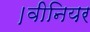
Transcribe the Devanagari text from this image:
।वीनियर